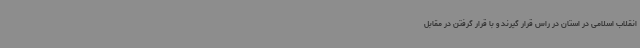
انقلاب اسلامی در استان در راس قرار گیرند و با قرار گرفتن در مقابل